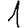
Digit: 1